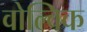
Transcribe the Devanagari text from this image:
वोल्विक